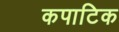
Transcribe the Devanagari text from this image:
कपाटिक